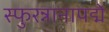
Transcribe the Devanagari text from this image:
स्फुरन्नानापद्मे